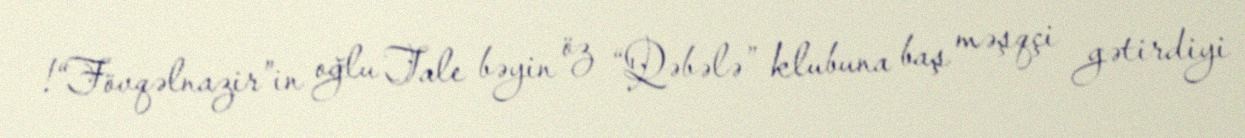
!“Fövqəlnazir”in oğlu Tale bəyin öz “Qəbələ” klubuna baş məşqçi gətirdiyi